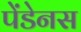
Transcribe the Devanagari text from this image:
पेंडेनस